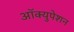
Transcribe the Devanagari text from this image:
आॅक्युपेशन